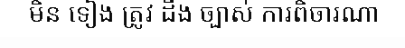
មិន ទៀង ត្រូវ ដឹង ច្បាស់ ការពិចារណា